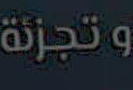
وتجزئة